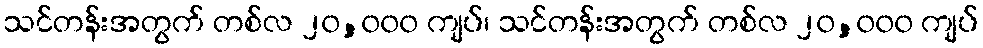
သင်တန်းအတွက် တစ်လ ၂၀,၀၀၀ ကျပ်၊ သင်တန်းအတွက် တစ်လ ၂၀,၀၀၀ ကျပ်